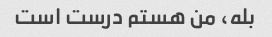
بله، من هستم درست است